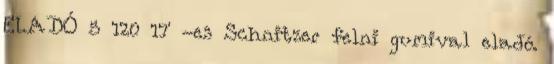
ELADÓ 5 120 17' -es Schnitzer felni gumival eladó.